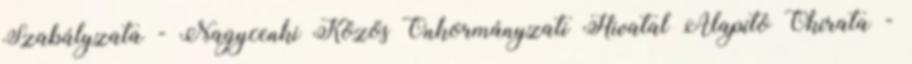
Szabályzata - Nagycenki Közös Önkormányzati Hivatal Alapító Okirata -